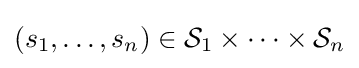
(s_{1},\ldots ,s_{n})\in {\mathcal {S}}_{1}\times \cdots \times {\mathcal {S}}_{n}